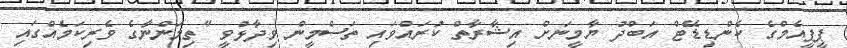
ޕީޕީއެމްގެ ކެންޑިޑޭޓް އަބްދު ޔާމީނަށް އިޝާރާތް ކުރައްވައި ތަސްމީން ވިދާޅުވީ "ތިމަންނާގެ ވެރިކަމެއްގައި